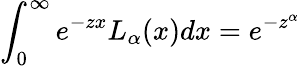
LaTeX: \int_{0}^{\infty}e^{-zx}L_{\alpha}(x)dx=e^{-z^{\alpha}}